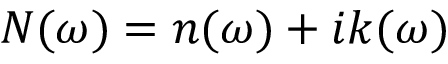
N ( \omega ) = n ( \omega ) + i k ( \omega )